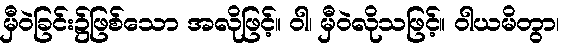
မှီဝဲခြင်း၌ဖြစ်သော အလိုဖြင့်။ ဝါ၊ မှီဝဲလိုသဖြင့်။ ဝါယမိတွာ၊